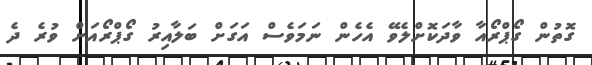
ގޮތުން ގޯޕްރޯއާ ވާދަކޮށްލެވޭ އެހެން ނަމަވެސް އަގަށް ބަލާއިރު ގޯޕްރޯއަށް ވުރެ ދެ